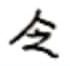
令